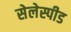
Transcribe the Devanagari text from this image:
सेलेस्पीड